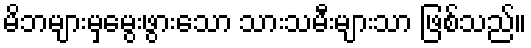
မိဘများမှမွေးဖွားသော သားသမီးများသာ ဖြစ်သည်။